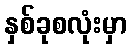
နှစ်ခုစလုံးမှာ